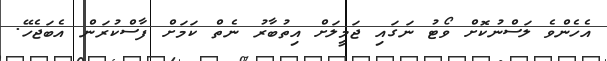
އެހެންވެ ލަސްނުކޮށް ވޯޓު ނަގައި ޖަމީލަށް އިތުބާރު ނެތް ކަމަށް ފާސްކުރަން އެބަޖެހޭ.